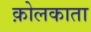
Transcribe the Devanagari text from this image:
क़ोलकाता